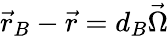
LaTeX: \vec{r}_{B}-\vec{r}=d_{B}\vec{\Omega}